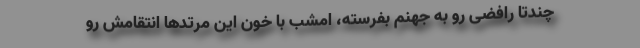
چندتا رافضی رو به جهنم بفرسته، امشب با خون این مرتدها انتقامش رو